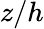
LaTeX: z/h